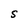
Character: S